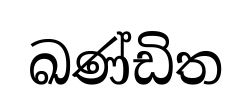
ඛණ්ඩිත